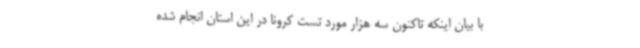
با بیان اینکه تاکنون سه هزار مورد تست کرونا در این استان انجام شده